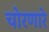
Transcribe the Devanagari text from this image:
चोरणारे